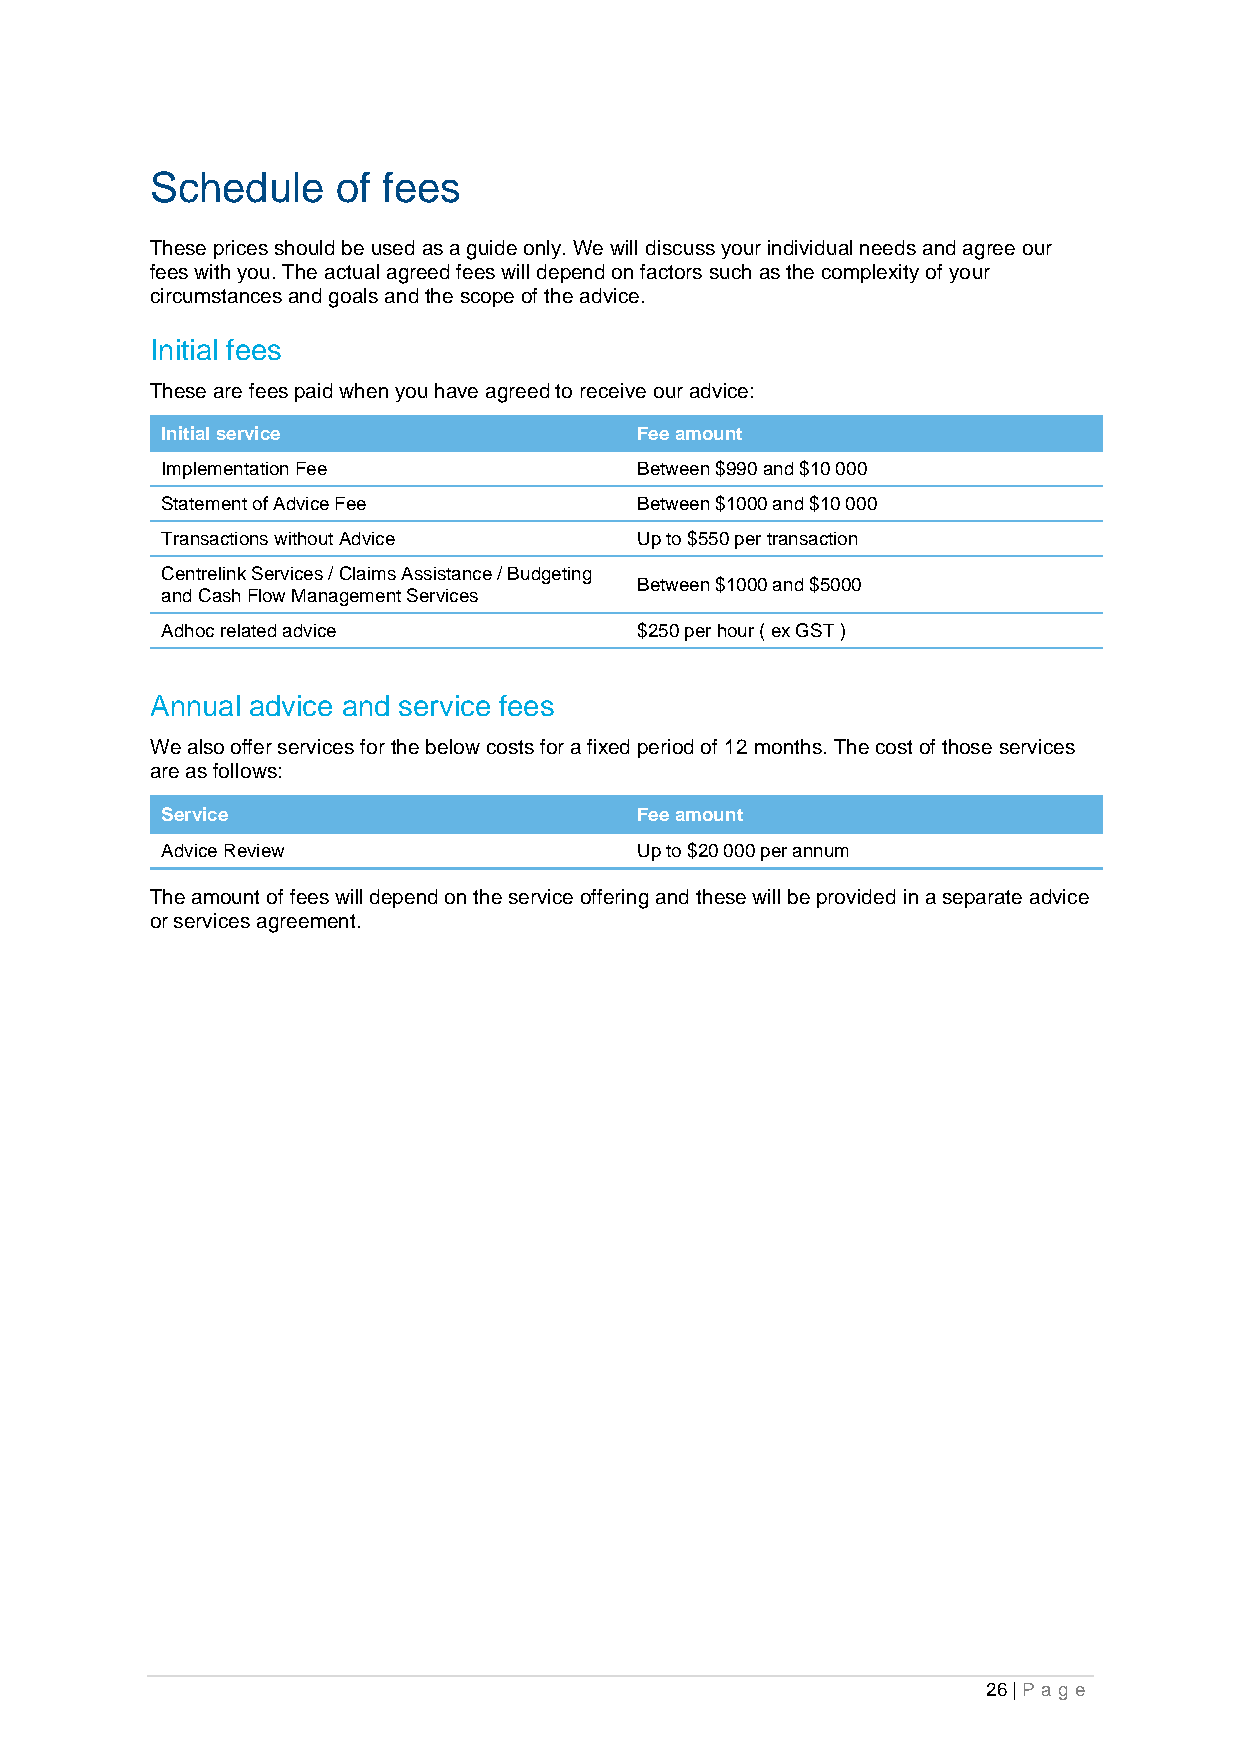
Schedule    of fees
 These prices should be used as a guide only. We will discuss your individual needs and agree our
 fees with you. The actual agreed fees will depend on factors such as the complexity of your
 circumstances and goals and the scope of the advice.
 Initial fees
 These are fees paid when you have agreed to receive our advice:
 Initial service                Fee amount
 Implementation Fee             Between $990 and $10 000
 Statement of Advice Fee        Between $1000 and $10 000
 Transactions without Advice    Up to $550 per transaction
 Centrelink Services / Claims Assistance / Budgeting
 Between $1000 and $5000
 and Cash Flow Management Services
 Adhoc related advice           $250 per hour ( ex GST )
 Annual advice and service fees
 We also offer services for the below costs for a fixed period of 12 months. The cost of those services
 are as follows:
 Service                        Fee amount
 Advice Review                  Up to $20 000 per annum
 The amount of fees will depend on the service offering and these will be provided in a separate advice
 or services agreement.
 26 | Pa g e